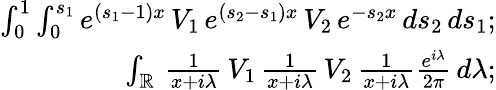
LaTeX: \begin{array}{r}{\int_{0}^{1}\int_{0}^{s_{1}}e^{(s_{1}-1)x}\, V_{1}\, e^{(s_{2}-s_{1})x}\, V_{2}\, e^{-s_{2}x}\, ds_{2}\, ds_{1};}\\ {\int_{\mathbb R}\, \frac{1}{x+i\lambda}\, V_{1}\, \frac{1}{x+i\lambda}\, V_{2}\, \frac{1}{x+i\lambda}\frac{e^{i\lambda}}{2\pi}\, d\lambda;}\end{array}